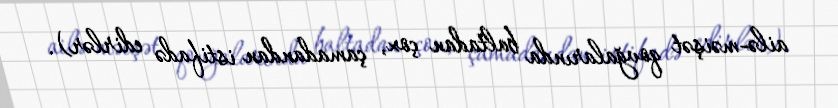
ailə-məişət qovğalarında baltadan çox, çamadandan istifadə edirlər).